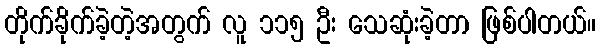
တိုက်ခိုက်ခဲ့တဲ့အတွက် လူ ၁၁၅ ဦး သေဆုံးခဲ့တာ ဖြစ်ပါတယ်။